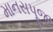
માનસપૂજા